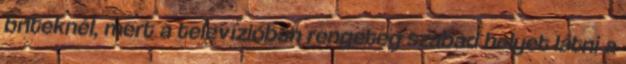
briteknél, mert a televízióban rengeteg szabad helyet látni a